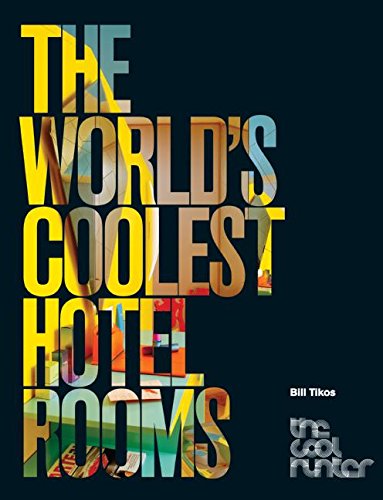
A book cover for The World's Coolest Hotel Rooms (The Cool Hunter); Bill Tikos; Travel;